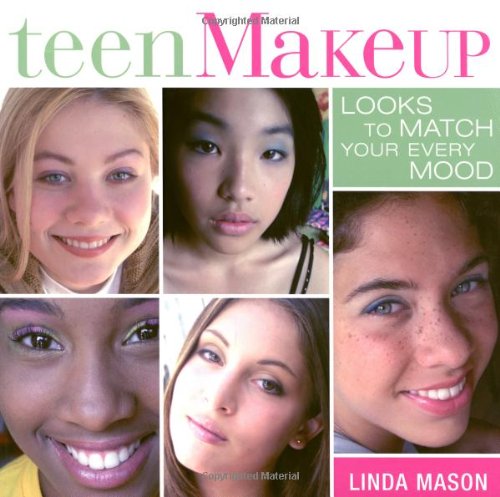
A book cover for Teen Makeup: Looks to Match your Every Mood; Linda Mason; Teen & Young Adult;